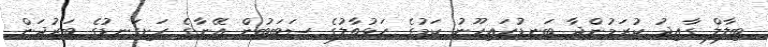
ބިލާލް ގާއިދު ކުރަމުންދާ ބަނޑުހައިހޫނު ކަމުގެ ހަޅުތާލުގެ ސަބަބުން އޭނާގެ ހަށިގަނޑުގެ ބަރުދަން